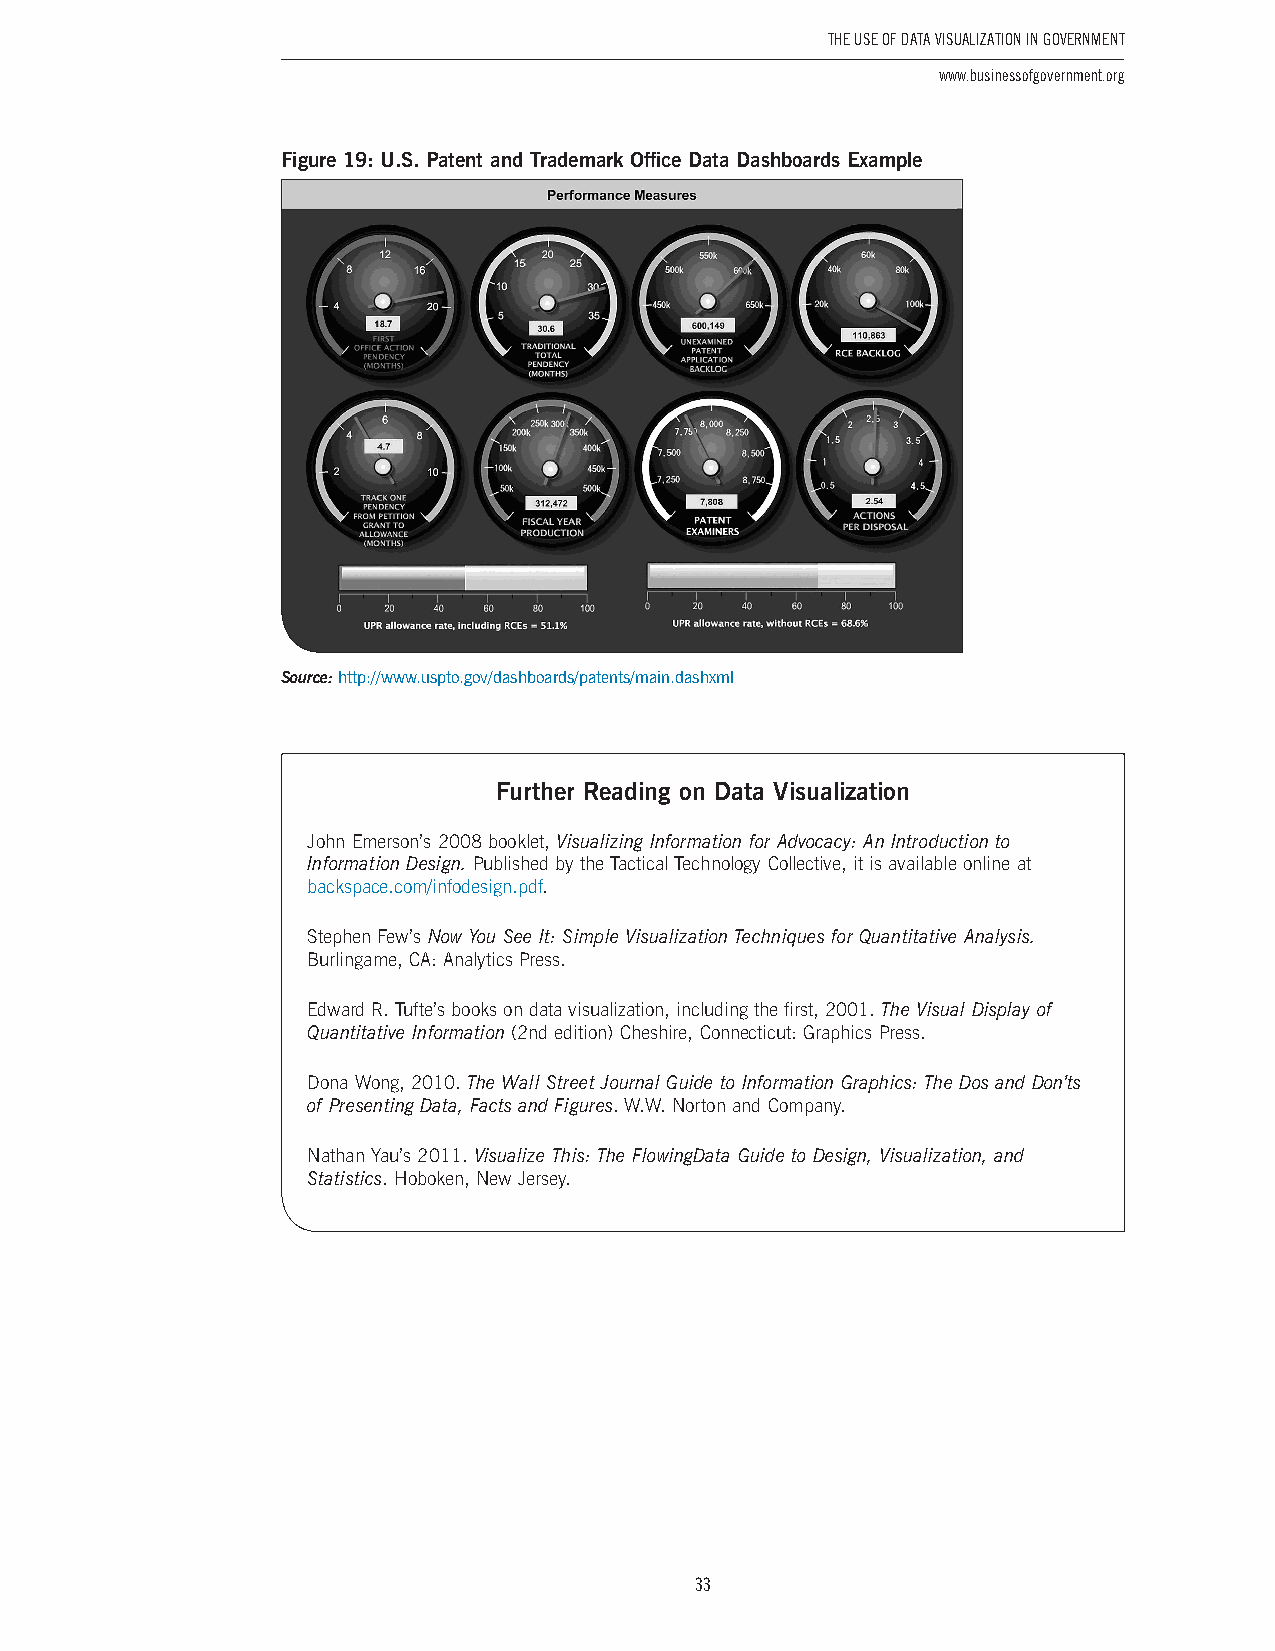
The USe of DaTa ViSUalizaTion in GoVernmenT
 www.businessofgovernment.org
 Figure 19: U.S. Patent and Trademark Office Data Dashboards Example
 Source: http://www .uspto .gov/dashboards/patents/main .dashxml
 Further Reading on Data Visualization
 John Emerson’s 2008 booklet, Visualizing Information for Advocacy: An Introduction to
 Information Design. Published by the Tactical Technology Collective, it is available online at
 backspace.com/infodesign.pdf.
 Stephen Few’s Now You See It: Simple Visualization Techniques for Quantitative Analysis.
 Burlingame, CA: Analytics Press.
 Edward R. Tufte’s books on data visualization, including the first, 2001. The Visual Display of
 Quantitative Information (2nd edition) Cheshire, Connecticut: Graphics Press.
 Dona Wong, 2010. The Wall Street Journal Guide to Information Graphics: The Dos and Don’ts
 of Presenting Data, Facts and Figures. W.W. Norton and Company.
 Nathan Yau’s 2011. Visualize This: The FlowingData Guide to Design, Visualization, and
 Statistics. Hoboken, New Jersey.
 33